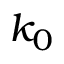
k _ { 0 }